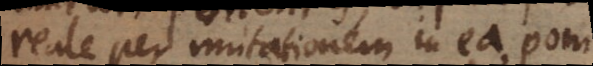
reale per mutationem in ea, poni